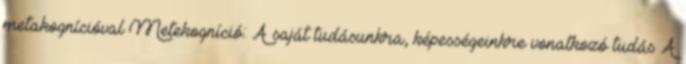
metakognícióval Metekogníció: A saját tudásunkra, képességeinkre vonatkozó tudás A